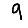
Digit: 9